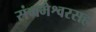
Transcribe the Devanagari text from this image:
संगमेश्वरसह